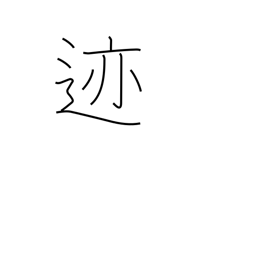
Meaning: impression